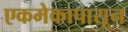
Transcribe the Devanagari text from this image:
एकमेकापासून